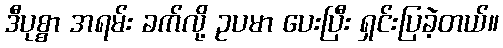
ဒီပုစ္စာ အရမ်း ခက်လို့ ဥပမာ ပေးပြီး ရှင်းပြခဲ့တယ်။